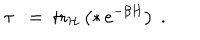
LaTeX: \tau \ : = \ \mathrm { t r } _ { { \mathcal H } } \left( * \, e ^ { - \beta H } \right) \ .